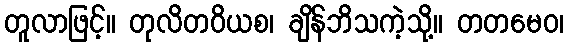
တူလာဖြင့်။ တုလိတဝိယစ၊ ချိန်ဘိသကဲ့သို့။ တတမေဝ၊